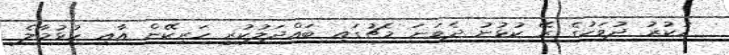
ހުކުރު ދުވަހުގެ ރޭ ކުޅުނު ދެވަނަ މެޗުގައި ބައްދަލުކުރީ ހަރިކޭން އާއި ހުޅުމާލެ